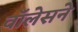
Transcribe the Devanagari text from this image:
वॉलेसने